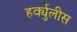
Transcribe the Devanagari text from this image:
हर्क्युलीस